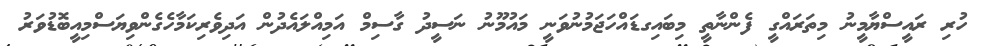
ހުރި ރައީސްޔާމީނު މިތަރައްގީ ފެންނާތީ މިބައިގޑައްހަޖަމުނުވަނީ މައުމޫނު ނަސީދު ގާސިމް އަމިއްލައެދުން އަދިވެރިކަމާހެގެންވިޔަސްމިއީބޮޑުވަރު